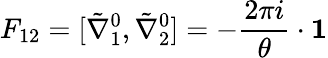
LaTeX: F_{12}=[\tilde{\nabla}_{1}^{0},\tilde{\nabla}_{2}^{0}]=-\frac{2\pi i}{\theta}\cdot{\mathbf 1}